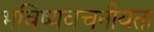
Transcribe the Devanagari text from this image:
भविष्‍यवचनीयता